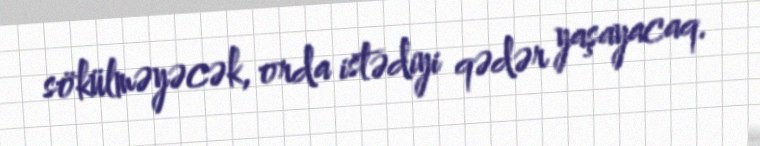
sökülməyəcək, orda istədiyi qədər yaşayacaq.